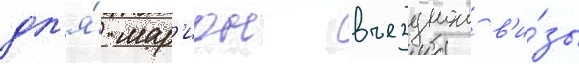
дл'я́ мар'ион въезднои в'и́зы